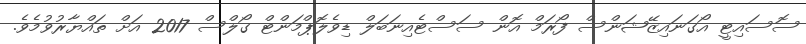
ސޮސައިޓީ އޯގަނައިޒޭޝަންސް ފޯރަމް އޮން ސަސްޓެއިނަބަލް ޑިވެލޮޕްމަންޓް ގޯލްސް 2017 އަށް ތައްޔާރުވުމެވެ.